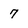
Character: 7